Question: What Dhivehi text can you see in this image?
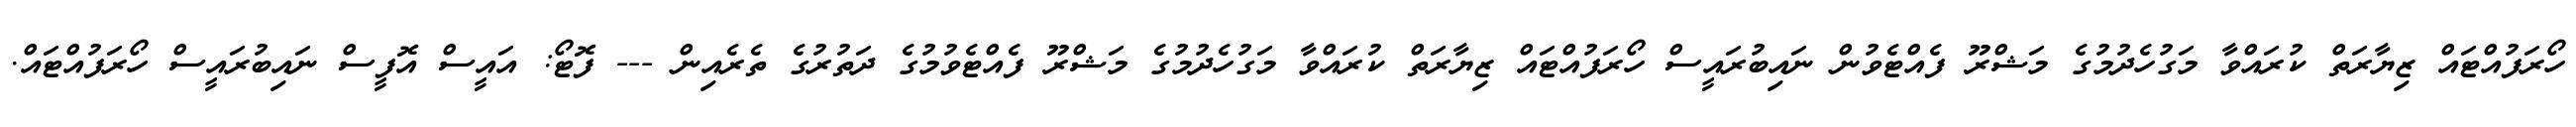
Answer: ހޯރަފުއްޓައް ޒިޔާރަތް ކުރައްވާ މަގުހެދުމުގެ މަޝްރޫ ފެއްޓެވުން ނައިބުރައީސް ހޯރަފުއްޓައް ޒިޔާރަތް ކުރައްވާ މަގުހެދުމުގެ މަޝްރޫ ފެއްޓެވުމުގެ ދަތުރުގެ ތެރެއިން --- ފޮޓޯ: އައީސް އޮފީސް ނައިބުރައީސް ހޯރަފުއްޓައް.